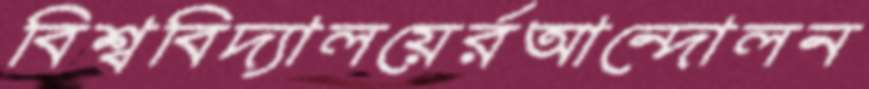
বিশ্ববিদ্যালয়ের্রআন্দোলন